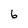
Character: 6